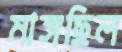
মাঙ্গছিল